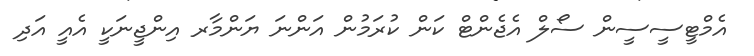
އެމްޓީސީސީން ސޯލް އެޖެންޓް ކަން ކުރަމުން އަންނަ ޔަންމާރ އިންޖީނަކީ އެއީ އަދި